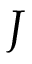
J